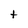
Character: t